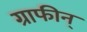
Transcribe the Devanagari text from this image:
ग्राफीन्